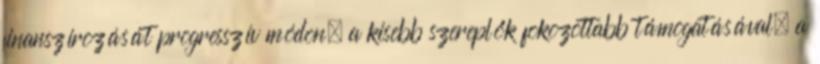
finanszírozását progresszív módon, a kisebb szereplők fokozottabb támogatásával, a